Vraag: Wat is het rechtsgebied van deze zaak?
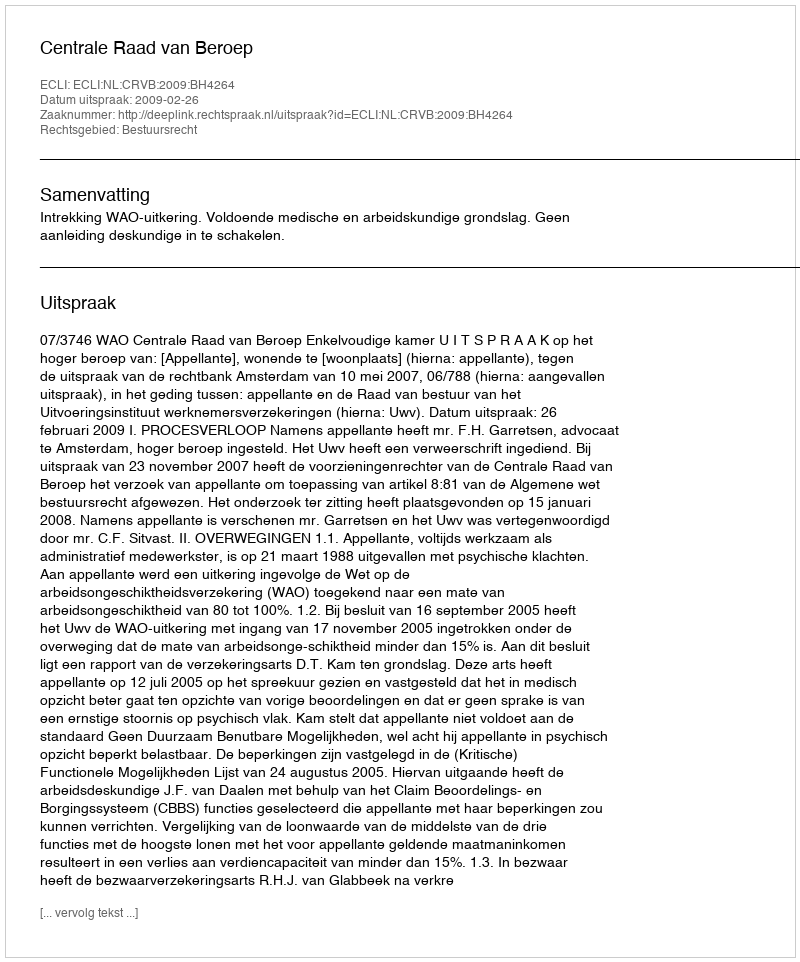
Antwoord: Bestuursrecht